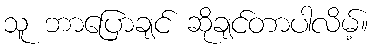
သူ ဘာပြောချင် ဆိုချင်တာပါလိမ့်။